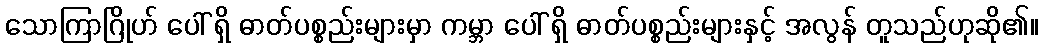
သောကြာဂြိုဟ် ပေါ် ရှိ ဓာတ်ပစ္စည်းများမှာ ကမ္ဘာ ပေါ် ရှိ ဓာတ်ပစ္စည်းများနှင့် အလွန် တူသည်ဟုဆို၏။